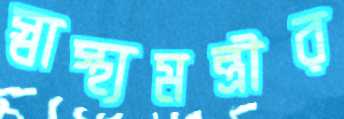
স্বাস্থ্যমন্ত্রীর